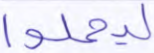
ليحملوا